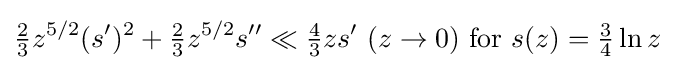
{\tfrac {2}{3}}z^{5/2}(s^{\prime })^{2}+{\tfrac {2}{3}}z^{5/2}s^{\prime \prime }\ll {\tfrac {4}{3}}zs^{\prime }\ (z\to 0)\ {\text{for}}\ s(z)={\tfrac {3}{4}}\ln z